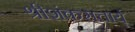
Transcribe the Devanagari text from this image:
श्रीशंकराचार्य